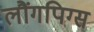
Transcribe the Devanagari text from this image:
लौंगपिग्स